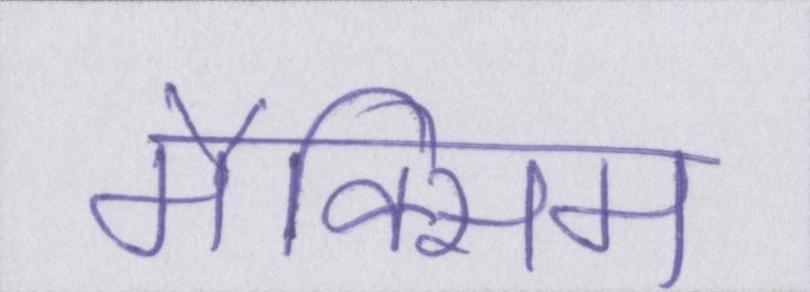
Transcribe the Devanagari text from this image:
मैक्सिम